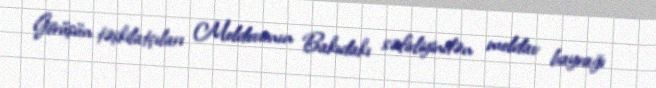
Görüşün təşkilatçıları Moldovanın Bakıdakı səfirliyindən moldav bayrağı